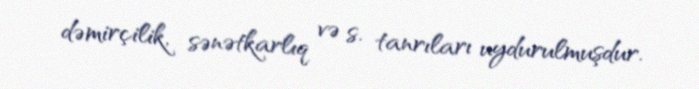
dəmirçilik, sənətkarlıq və s. tanrıları uydurulmuşdur.